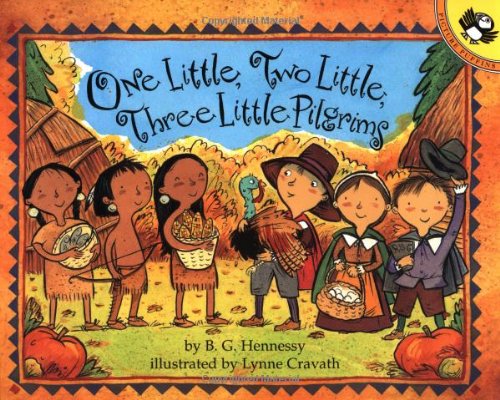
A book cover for One Little, Two Little, Three Little Pilgrims (Picture Puffin Books); B.G. Hennessy; Children's Books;